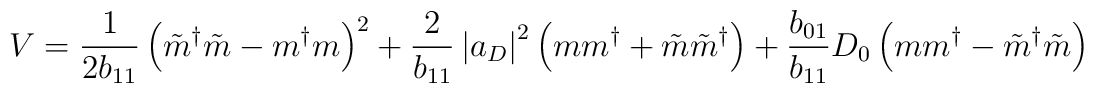
V=\frac{1}{2{b}_{11}}\left( \tilde{m}^{\dagger }\tilde{m}-m^{\dagger}m\right) ^{2}+\frac{2}{{b}_{11}}\left| a_{D}\right| ^{2}\left( mm^{\dagger}+\tilde{m}\tilde{m}^{\dagger }\right) +\frac{{b}_{01}}{{b}_{11}}D_{0}\left(mm^{\dagger }-\tilde{m}^{\dagger }\tilde{m}\right)